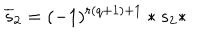
LaTeX: \overline { { { s } } } _ { 2 } = ( - 1 ) ^ { r ( q + 1 ) + 1 } * s _ { 2 } *